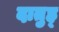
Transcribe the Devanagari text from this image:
दातुह्